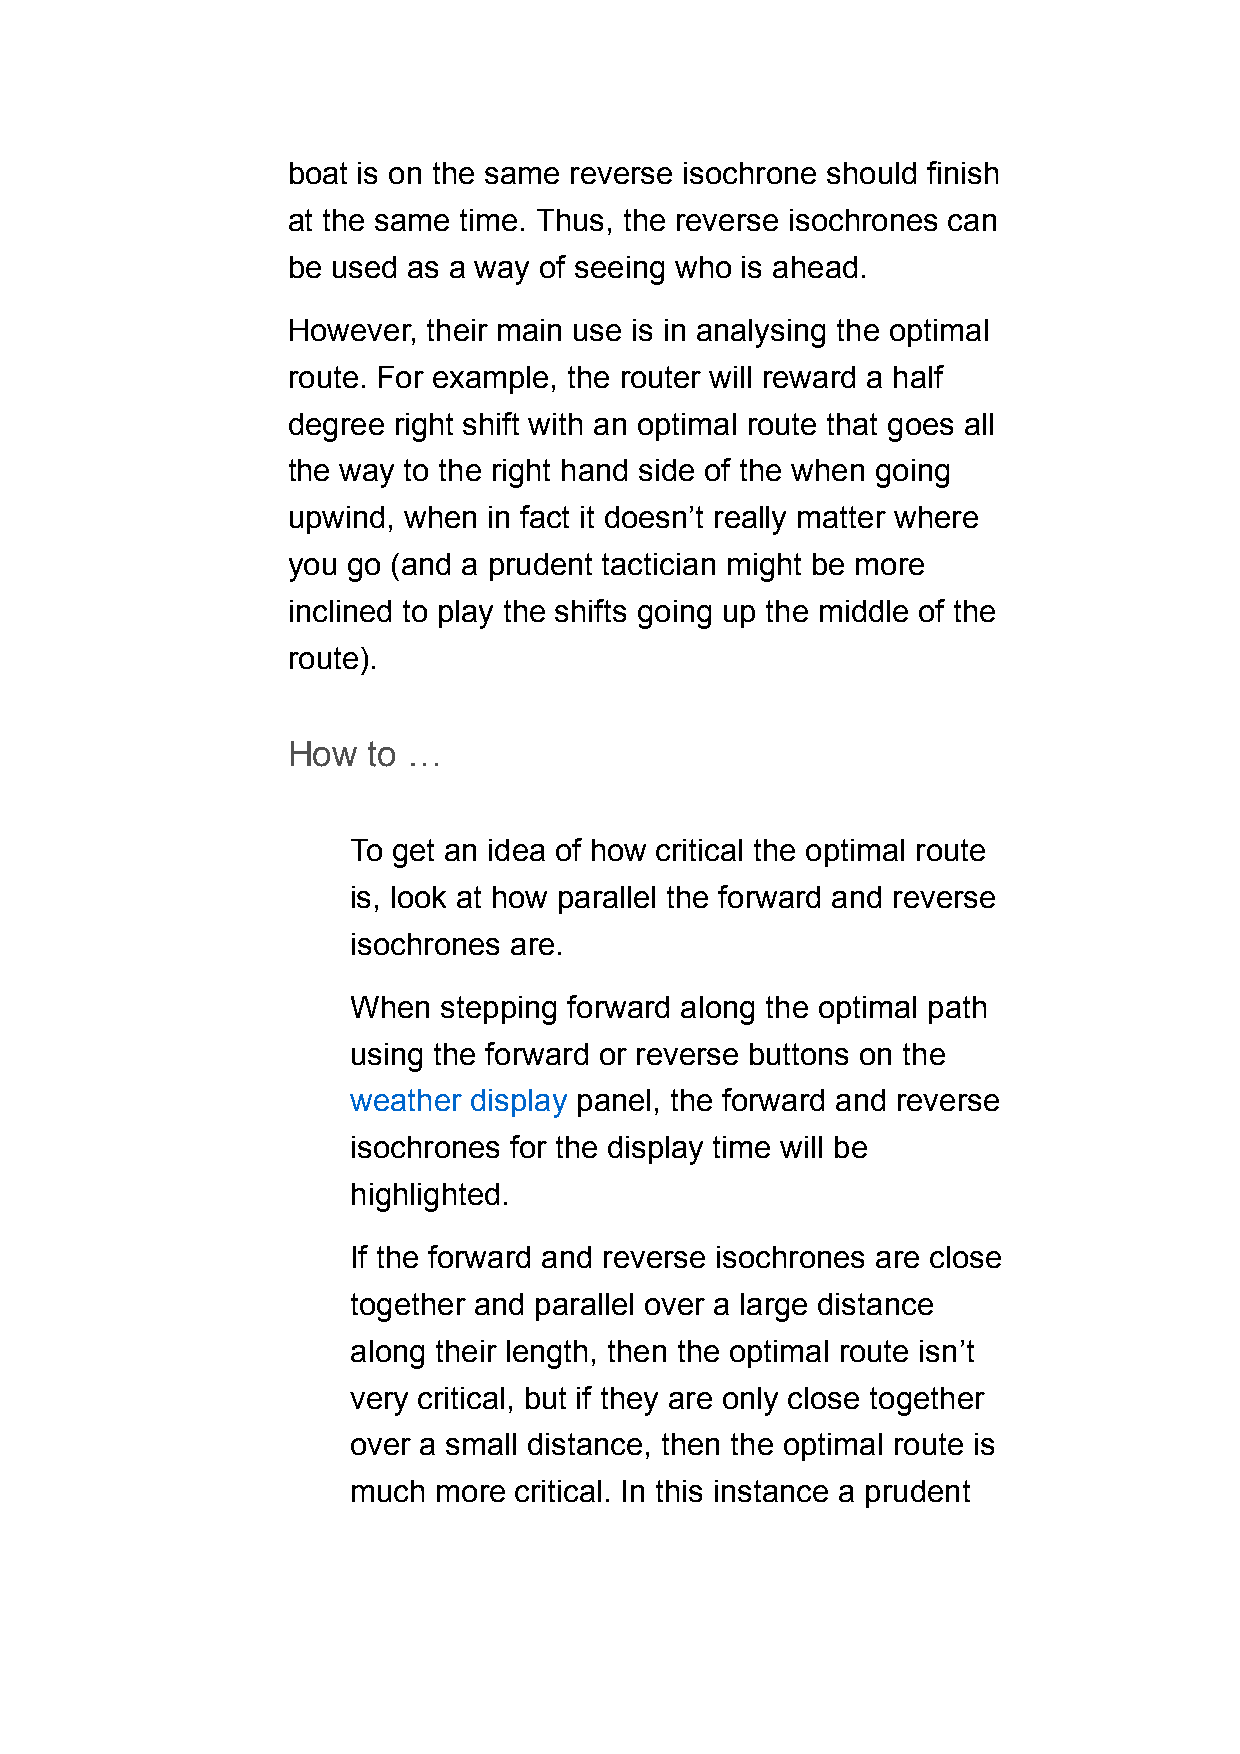
boat is on the same reverse isochrone should finish
 at the same time. Thus, the reverse isochrones can
 be used as a way of seeing who is ahead.
 However, their main use is in analysing the optimal
 route. For example, the router will reward a half
 degree right shift with an optimal route that goes all
 the way to the right hand side of the when going
 upwind, when in fact it doesn’t really matter where
 you go (and a prudent tactician might be more
 inclined to play the shifts going up the middle of the
 route).
 How  to …
 To get an idea of how critical the optimal route
 is, look at how parallel the forward and reverse
 isochrones are.
 When  stepping forward along the optimal path
 using the forward or reverse buttons on the
 weather display panel, the forward and reverse
 isochrones for the display time will be
 highlighted.
 If the forward and reverse isochrones are close
 together and parallel over a large distance
 along their length, then the optimal route isn’t
 very critical, but if they are only close together
 over a small distance, then the optimal route is
 much  more critical. In this instance a prudent